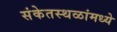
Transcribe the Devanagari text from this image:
संकेतस्थळांमध्ये